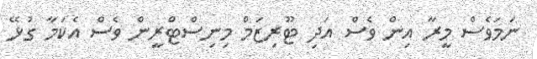
ނަމަވެސް މީރާ އިން ވެސް އަދި ޓޫރިޒަމް މިނިސްޓްރީން ވެސް އެކަމާ ގުޅޭ